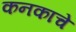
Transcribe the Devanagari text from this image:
कनकाचे